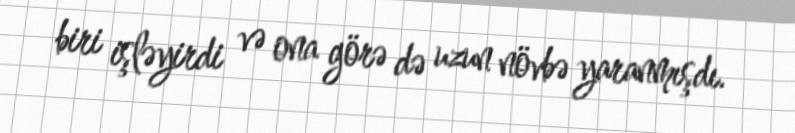
biri işləyirdi və ona görə də uzun növbə yaranmışdı.